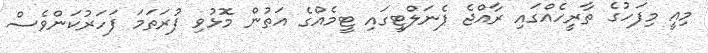
މިއީ މިފަހުގެ ތާރީހެއްގައި ރާއްޖެ ޕެނަލްޓީގައި ޓީމެއްގެ އަތުން މޮޅުވި ފުރަތަމަ ފަހަރުކަންވެސް